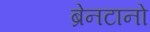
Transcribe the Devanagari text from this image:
ब्रेनटानो